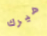
هيرك